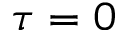
\tau = 0